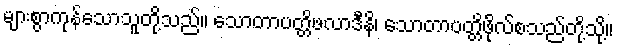
များစွာကုန်သောသူတို့သည်။ သောတာပတ္တိဖလာဒီနိ၊ သောတာပတ္တိဖိုလ်စသည်တို့သို့။